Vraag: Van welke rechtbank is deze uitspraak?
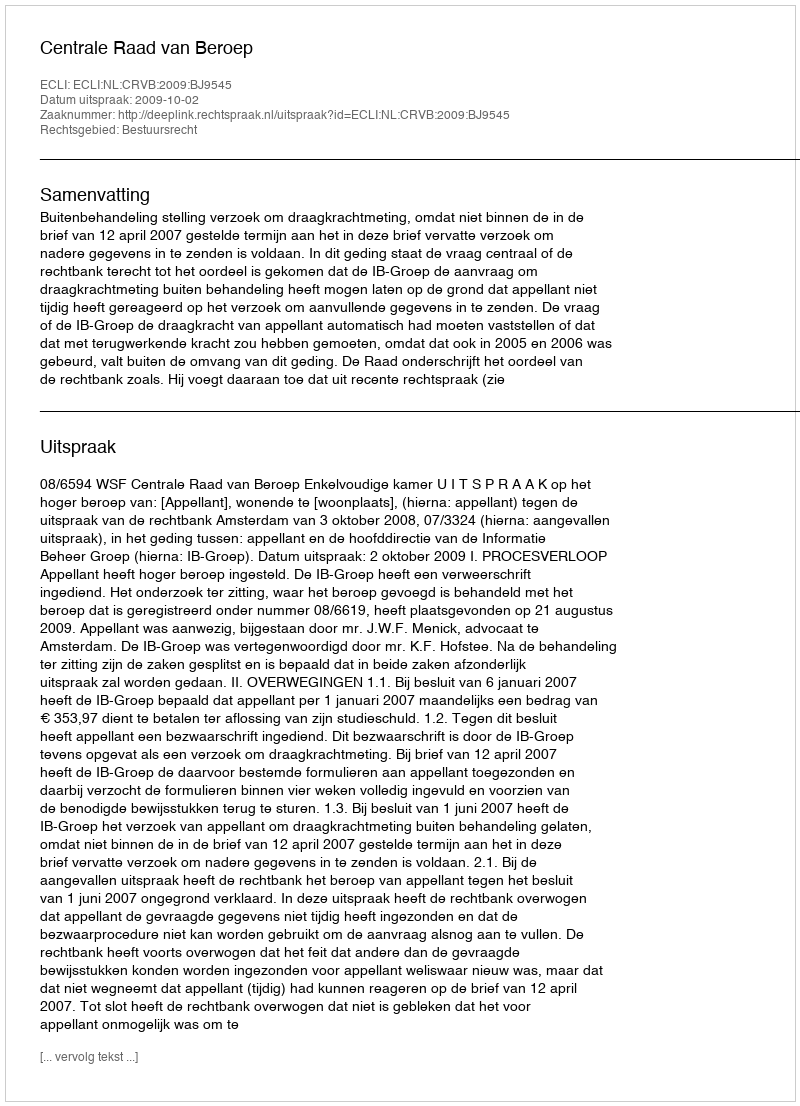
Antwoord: Centrale Raad van Beroep